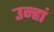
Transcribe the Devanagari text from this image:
उन्हां